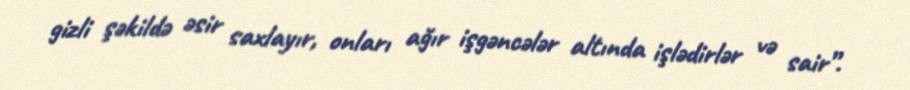
gizli şəkildə əsir saxlayır, onları ağır işgəncələr altında işlədirlər və sair”.